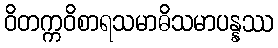
ဝိတက္ကဝိစာရသမာဓိသမာပန္နဿ